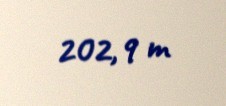
202,9 m